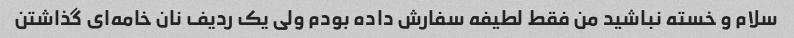
سلام و خسته نباشید من فقط لطیفه سفارش داده بودم ولی یک ردیف نان خامه‌ای گذاشتن